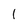
Character: l